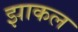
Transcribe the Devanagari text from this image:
झाकल